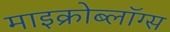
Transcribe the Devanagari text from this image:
माइक्रोब्लॉग्स